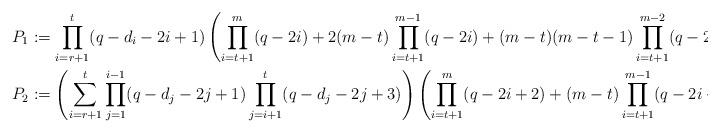
LaTeX: \begin{align*}P_1&:=\prod_{i=r+1}^{t}(q-d_i-2i+1)\left(\prod_{i=t+1}^{m}(q-2i)+2(m-t)\prod_{i=t+1}^{m-1}(q-2i)+(m-t)(m-t-1)\prod_{i=t+1}^{m-2}(q-2i)\right),\\P_2&:=\left(\sum_{i=r+1}^{t}\prod_{j=1}^{i-1}(q-d_j-2j+1)\prod_{j=i+1}^{t}(q-d_j-2j+3)\right)\left(\prod_{i=t+1}^{m}(q-2i+2)+(m-t)\prod_{i=t+1}^{m-1}(q-2i+2)\right)\end{align*}